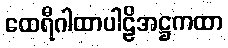
ထေရီဂါထာပါဠိအဋ္ဌကထာ